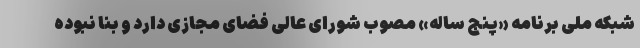
شبکه ملی برنامه «پنج ساله» مصوب شورای عالی فضای مجازی دارد و بنا نبوده